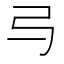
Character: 㢧